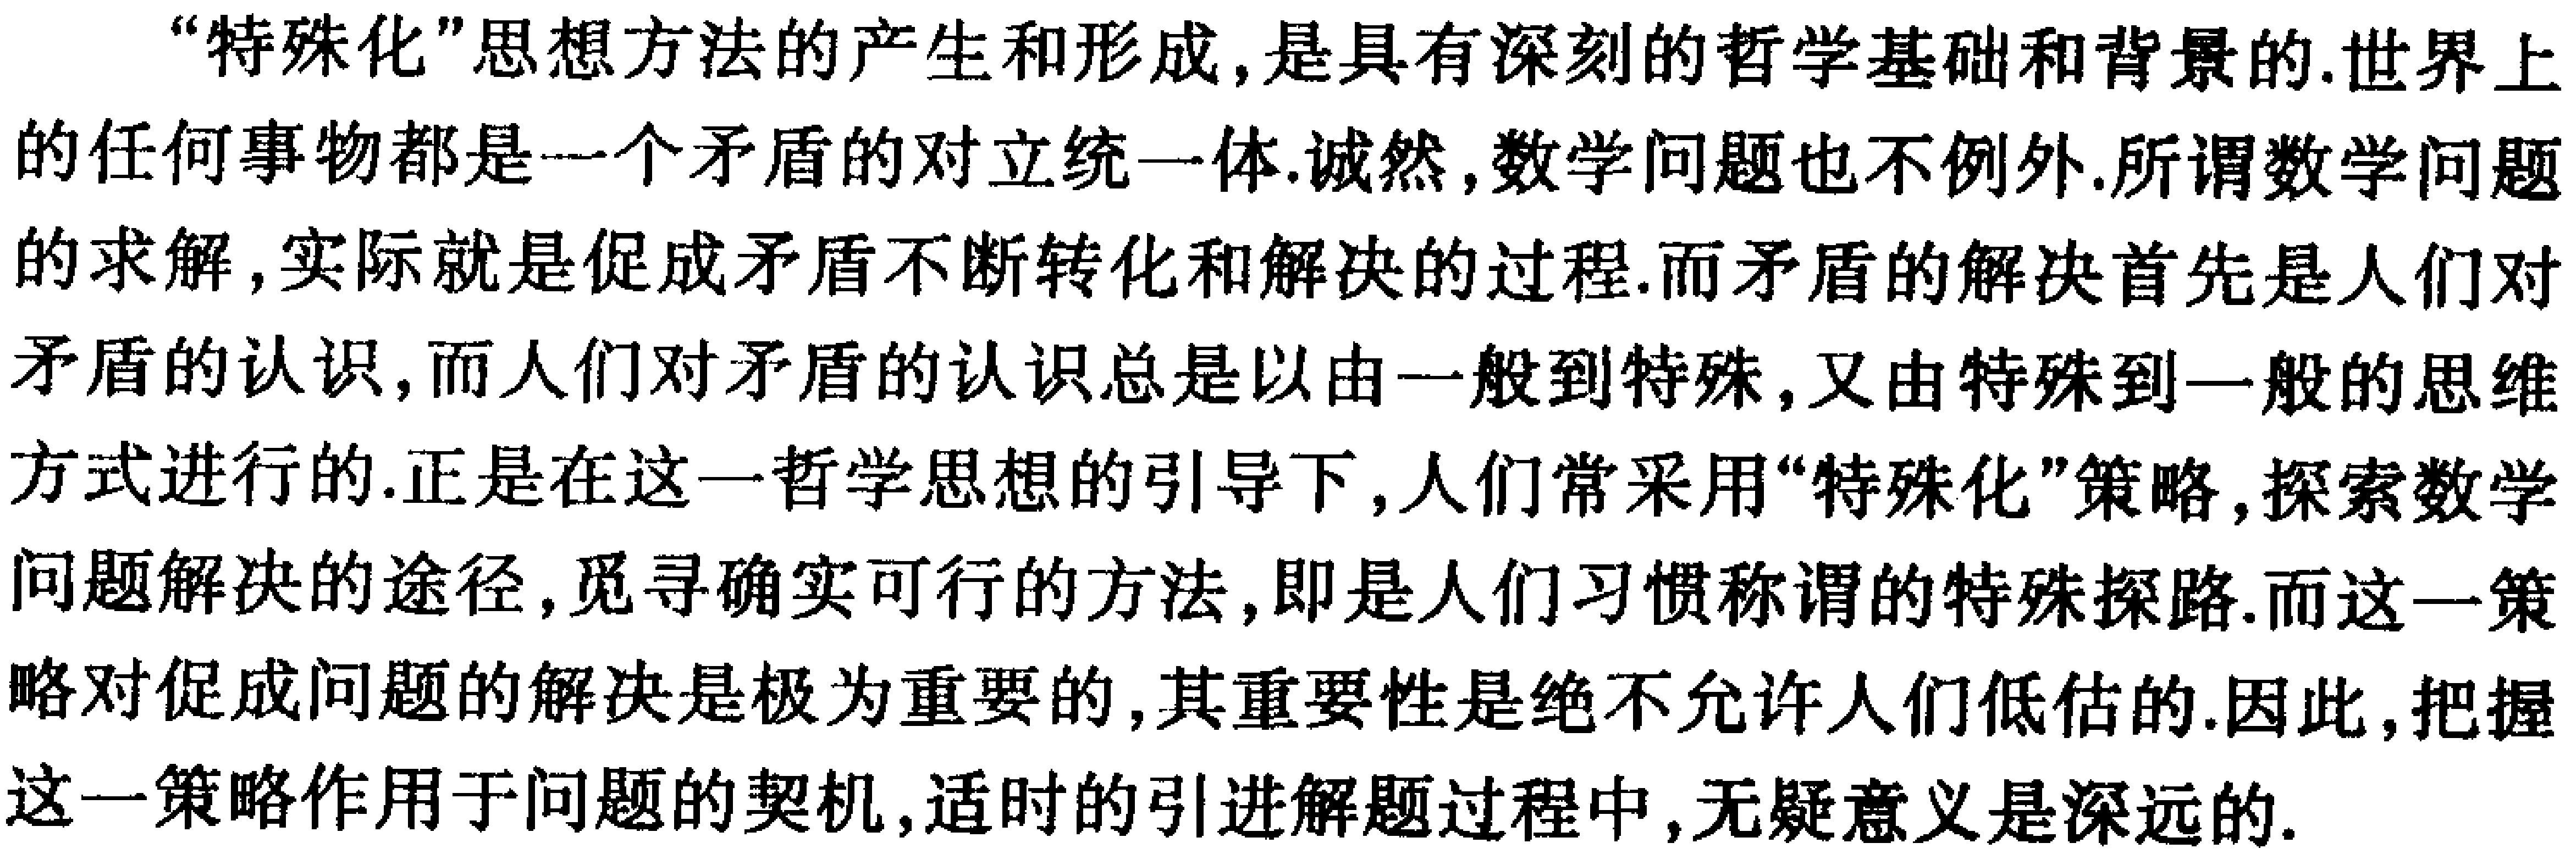
“特殊化”思想方法的产生和形成,是具有深刻的哲学基础和背景的.世界上的任何事物都是一个矛盾的对立统一体.诚然,数学问题也不例外.所谓数学问题的求解,实际就是促成矛盾不断转化和解决的过程.而矛盾的解决首先是人们对矛盾的认识,而人们对矛盾的认识总是以由一般到特殊,又由特殊到一般的思维方式进行的.正是在这一哲学思想的引导下,人们常采用“特殊化”策略,探索数学问题解决的途径,觅寻确实可行的方法,即是人们习惯称谓的特殊探路.而这一策略对促成问题的解决是极为重要的,其重要性是绝不允许人们低估的.因此,把握这一策略作用于问题的契机,适时的引进解题过程中,无疑意义是深远的.